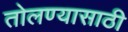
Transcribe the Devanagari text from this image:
तोलण्यासाठी